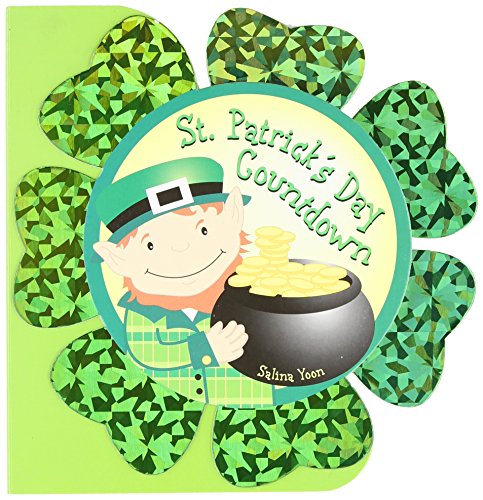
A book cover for St. Patrick's Day Countdown; Salina Yoon; Children's Books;